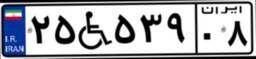
۶۸W۸۹۳۰۴